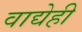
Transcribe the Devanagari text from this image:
वाद्येही